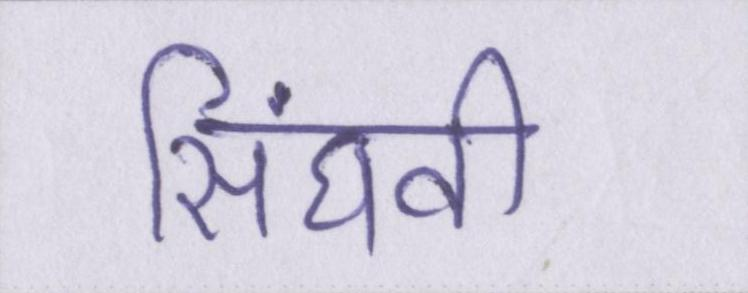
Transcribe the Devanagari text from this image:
सिंघवी